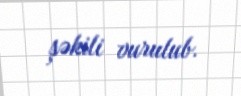
şəkili vurulub.